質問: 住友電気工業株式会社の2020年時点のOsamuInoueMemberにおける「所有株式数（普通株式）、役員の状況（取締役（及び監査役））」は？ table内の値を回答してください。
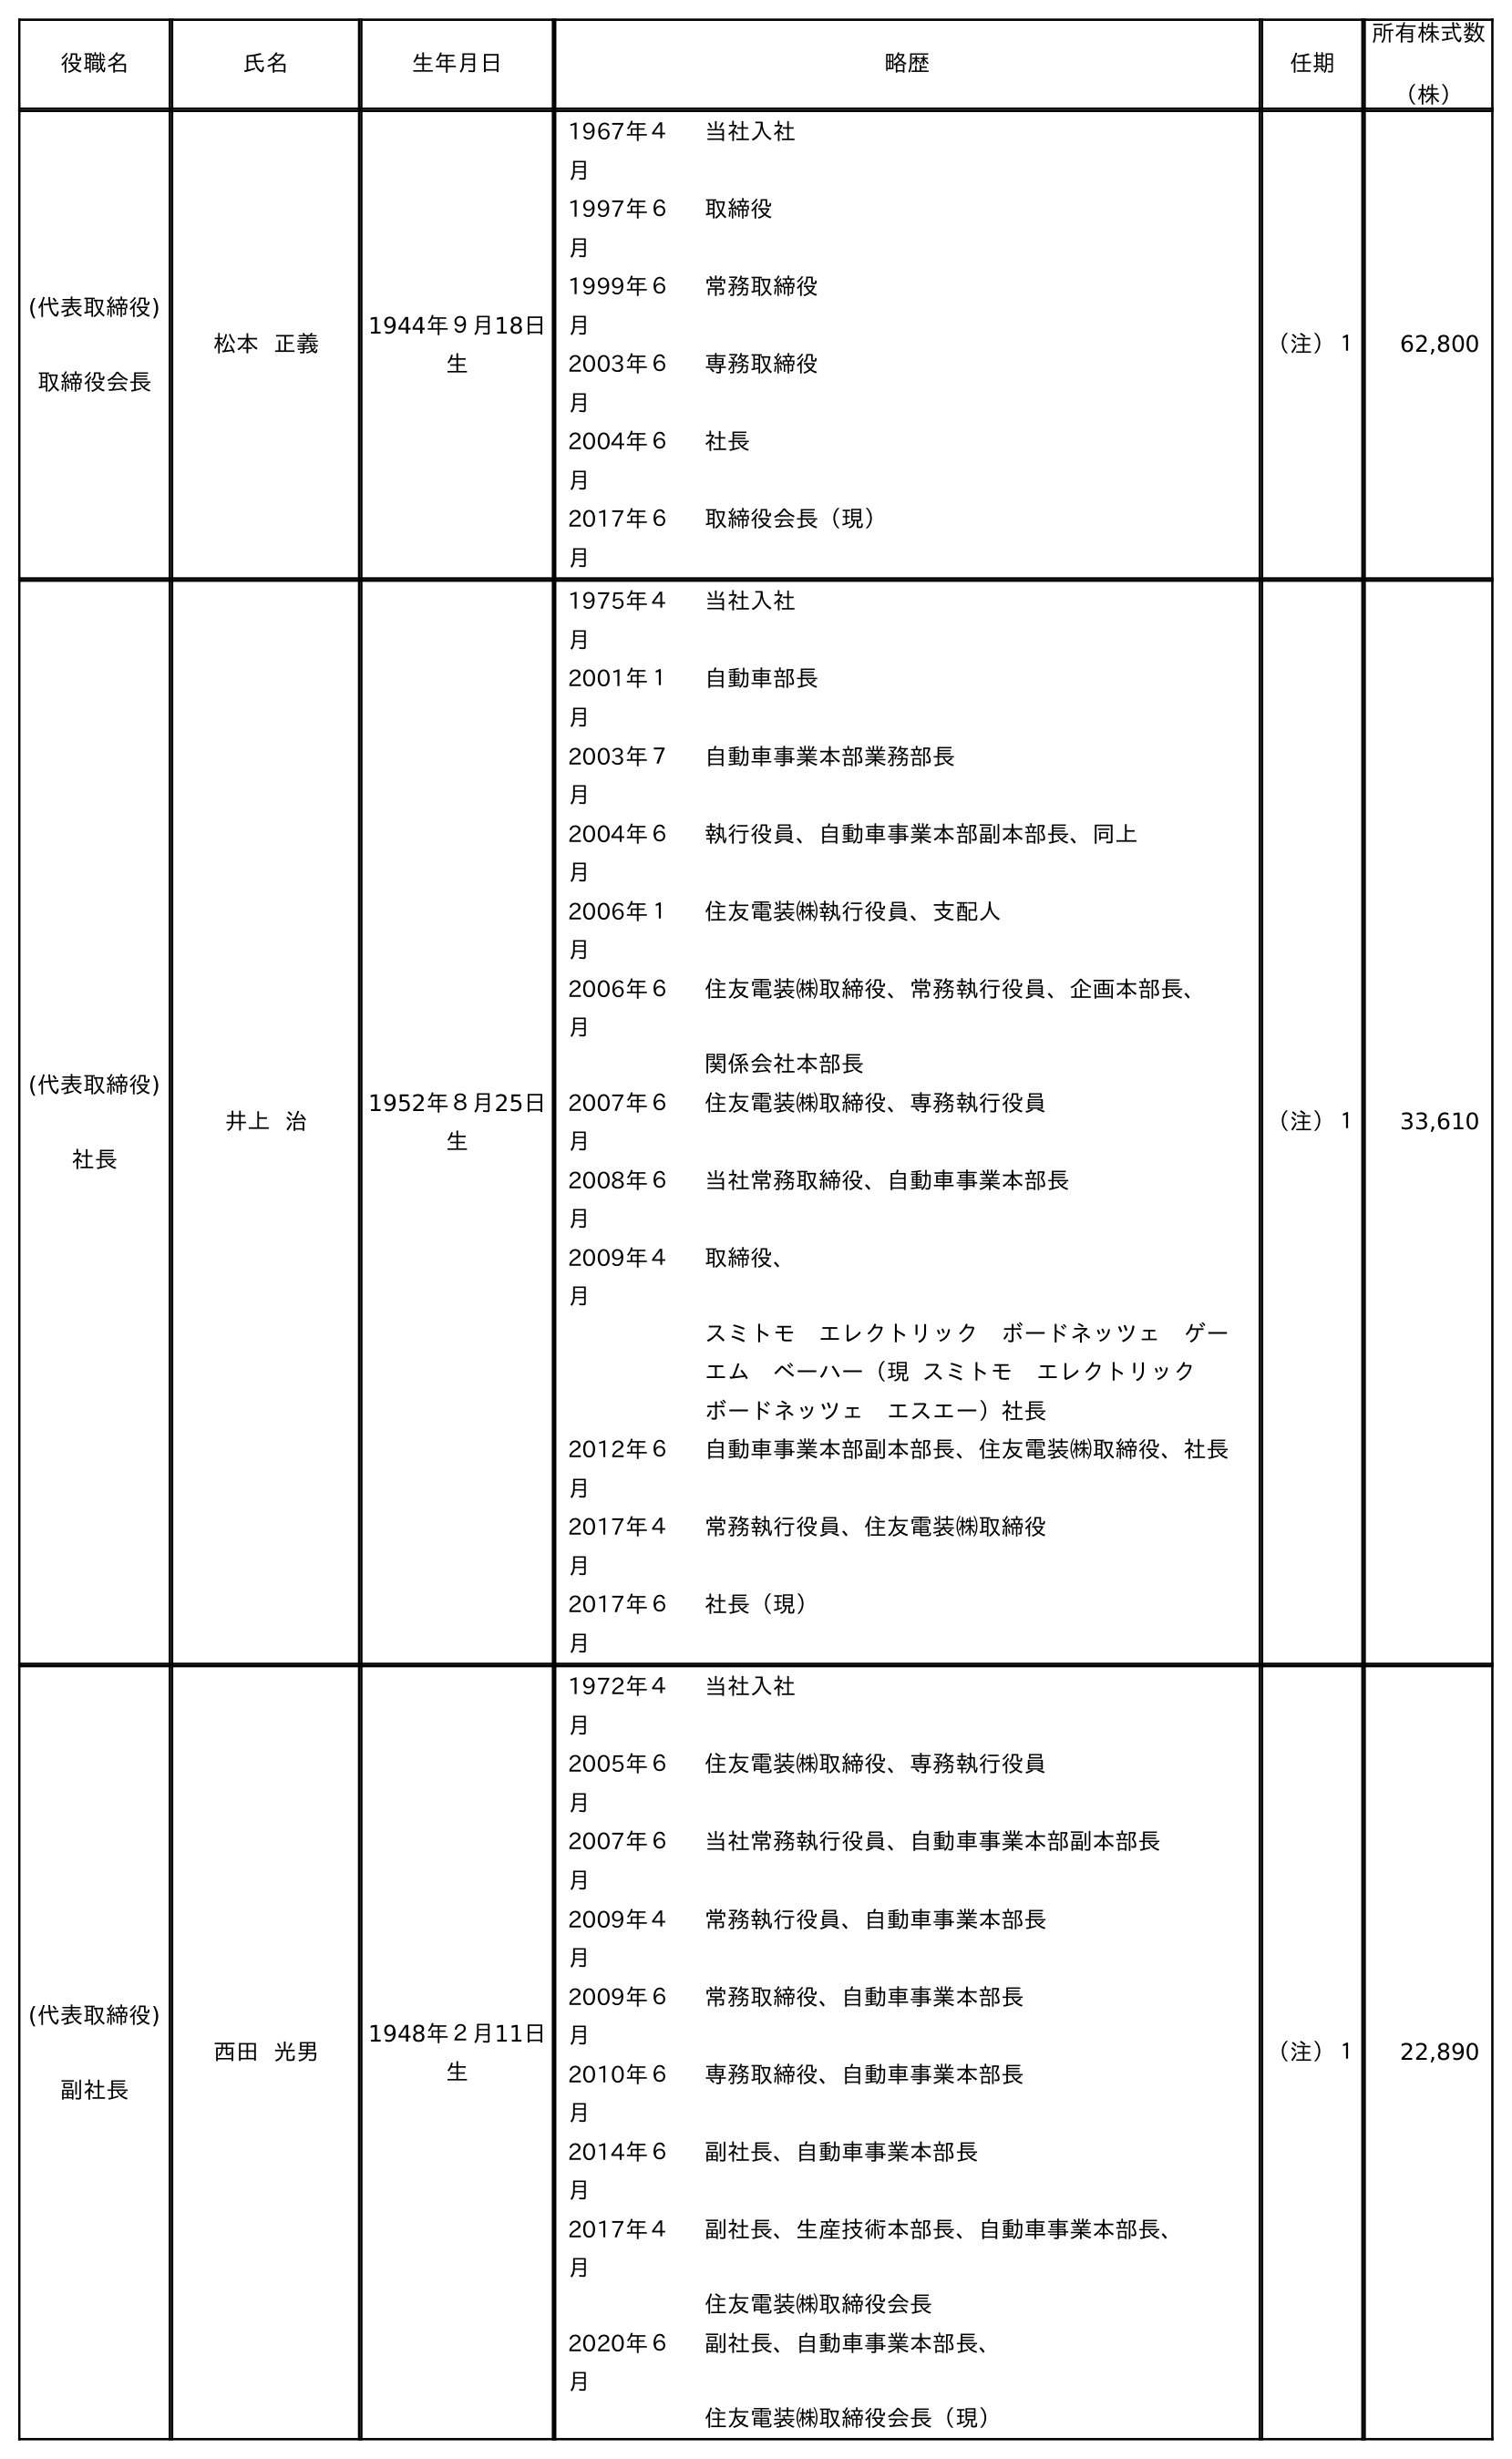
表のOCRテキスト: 役職名 氏名 生年月日 略歴 任期 所有株式数 （株） (代表取締役) 取締役会長 松本 正義 1944年９月18日 生 1967年４ 月 当社入社 1997年６ 月 取締役 1999年６ 月 常務取締役 2003年６ 月 専務取締役 2004年６ 月 社長 2017年６ 月 取締役会長（現） （注）１ 62,800 (代表取締役) 社長 井上 治 1952年８月25日 生 1975年４ 月 当社入社 2001年１ 月 自動車部長 2003年７ 月 自動車事業本部業務部長 2004年６ 月 執行役員、自動車事業本部副本部長、同上 2006年１ 月 住友電装㈱執行役員、支配人 2006年６ 月 住友電装㈱取締役、常務執行役員、企画本部長、 関係会社本部長 2007年６ 月 住友電装㈱取締役、専務執行役員 2008年６ 月 当社常務取締役、自動車事業本部長 2009年４ 月 取締役、 スミトモ エレクトリック ボードネッツェ ゲー エム ベーハー（現 スミトモ エレクトリック  ボードネッツェ エスエー）社長 2012年６ 月 自動車事業本部副本部長、住友電装㈱取締役、社長 2017年４ 月 常務執行役員、住友電装㈱取締役 2017年６ 月 社長（現） （注）１ 33,610 (代表取締役) 副社長 西田 光男 1948年２月11日 生 1972年４ 月 当社入社 2005年６ 月 住友電装㈱取締役、専務執行役員 2007年６ 月 当社常務執行役員、自動車事業本部副本部長 2009年４ 月 常務執行役員、自動車事業本部長 2009年６ 月 常務取締役、自動車事業本部長 2010年６ 月 専務取締役、自動車事業本部長 2014年６ 月 副社長、自動車事業本部長 2017年４ 月 副社長、生産技術本部長、自動車事業本部長、 住友電装㈱取締役会長 2020年６ 月 副社長、自動車事業本部長、 住友電装㈱取締役会長（現） （注）１ 22,890
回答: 33,610